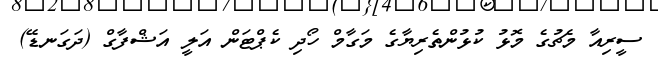
ސީރިއާ މެޗުގެ މޮޅު ކުޅުންތެރިޔާގެ މަގާމް ހޯދި ކެޕްޓަން އަލީ އަޝްފާގް (ދަގަނޑޭ)